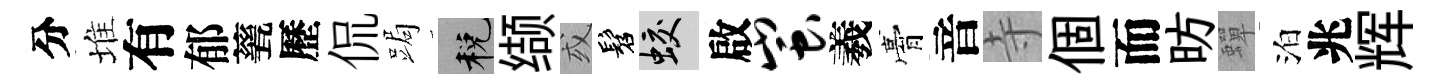
分堆有郁甆歷侃跼税缬或髫蛟啟蚩羲膏音寺個而昉蟬泊兆辉